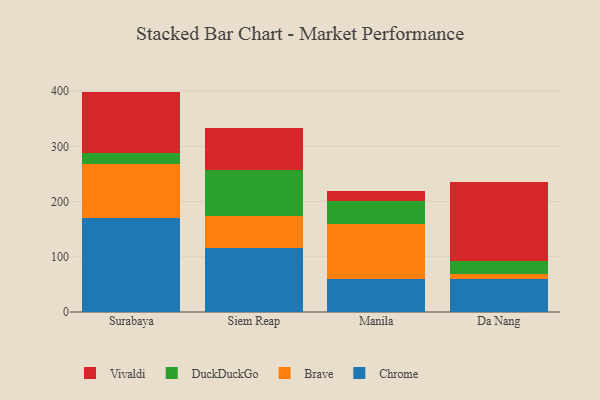
{"axis": {"x": "City", "y": "Headcount"}, "legend": ["Brave", "Chrome", "DuckDuckGo", "Vivaldi"], "data": [{"x": "Surabaya", "y": 170.8, "type": "Chrome"}, {"x": "Surabaya", "y": 96.8, "type": "Brave"}, {"x": "Surabaya", "y": 21.2, "type": "DuckDuckGo"}, {"x": "Surabaya", "y": 110.5, "type": "Vivaldi"}, {"x": "Siem Reap", "y": 116.0, "type": "Chrome"}, {"x": "Siem Reap", "y": 58.6, "type": "Brave"}, {"x": "Siem Reap", "y": 82.4, "type": "DuckDuckGo"}, {"x": "Siem Reap", "y": 76.6, "type": "Vivaldi"}, {"x": "Manila", "y": 59.0, "type": "Chrome"}, {"x": "Manila", "y": 100.9, "type": "Brave"}, {"x": "Manila", "y": 40.6, "type": "DuckDuckGo"}, {"x": "Manila", "y": 18.5, "type": "Vivaldi"}, {"x": "Da Nang", "y": 60.4, "type": "Chrome"}, {"x": "Da Nang", "y": 8.5, "type": "Brave"}, {"x": "Da Nang", "y": 23.6, "type": "DuckDuckGo"}, {"x": "Da Nang", "y": 142.4, "type": "Vivaldi"}]}